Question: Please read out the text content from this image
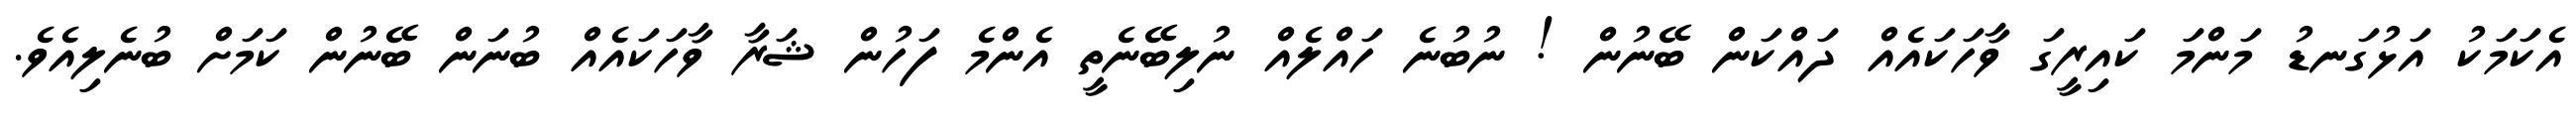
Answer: އެކަމަކު އަޅުގަނޑު މަންމަ ކައިރީގަ ވާހަކައެއް ދައްކަން ބޭނުން ! ނުބުނެ ހައްލެއް ނުލިބޭނެތީ އެންމެ ފަހުން ޝަރާ ވާހަކައެއް ބުނަން ބޭނުން ކަމަށް ބުނެލިއެވެ.